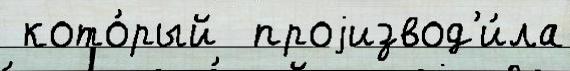
 кото́рый  проjизвод'и́ла